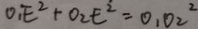
O _ { 1 } E ^ { 2 } + O _ { 2 } E ^ { 2 } = 0 . 0 2 ^ { 2 }